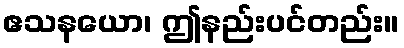
ဧသနယော၊ ဤနည်းပင်တည်း။